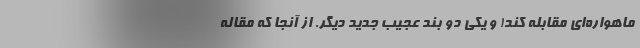
ماهواره‌ای مقابله کند! و یکی دو بند عجیبِ جدیدِ دیگر. از آنجا که مقاله